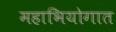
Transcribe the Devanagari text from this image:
महाभियोगात